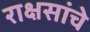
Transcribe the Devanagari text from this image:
राक्षसांचे